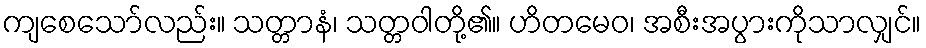
ကျစေသော်လည်း။ သတ္တာနံ၊ သတ္တဝါတို့၏။ ဟိတမေဝ၊ အစီးအပွားကိုသာလျှင်။